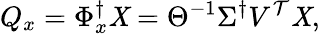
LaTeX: Q_{x}=\Phi_{x}^{\dagger}\mathit{X}=\Theta^{-1}\Sigma^{\dagger}V^{\mathcal{T}}\mathit{X},